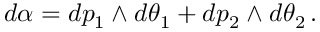
d \alpha = d p _ { 1 } \wedge d \theta _ { 1 } + d p _ { 2 } \wedge d \theta _ { 2 } \, .